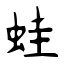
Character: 蛙